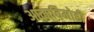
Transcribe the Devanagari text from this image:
आत्मविमोही